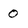
Character: 0